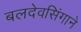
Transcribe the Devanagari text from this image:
बलदेवसिंगाने